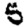
Digit: 5